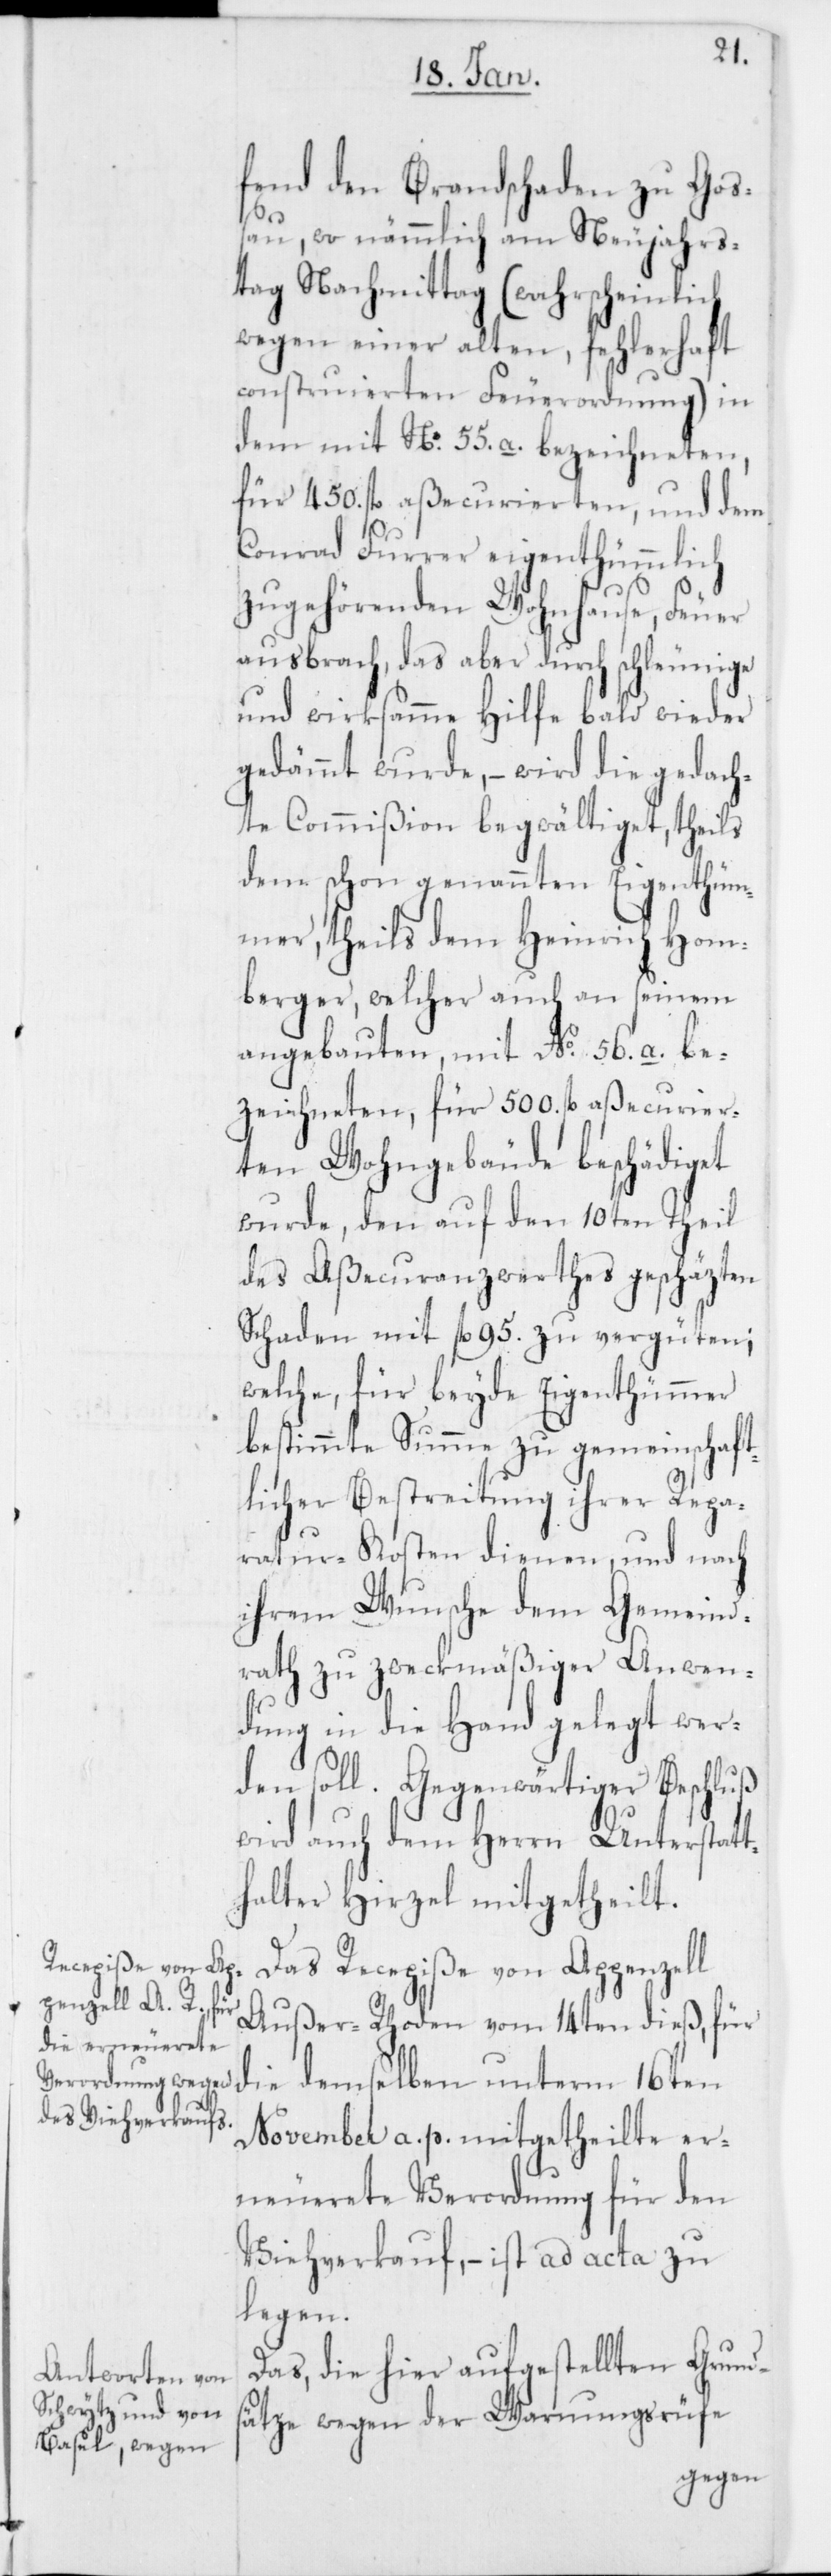
fend den Brandschaden zu Goß¬
au, wo nämmlich am Neujahrs¬
tag Nachmittag (wahrscheinlich
wegen einer alten fehlerhaft
construierten Feuerordnung) in
dem mit No. 55. a. bezeichneten,
für 450. fl. aßecurierten, und dem
Conrad Furrer eigenthümmlich
zugehörenden Wohnhause, Feuer
ausbrach, das aber durch schleunige
und wirksamme Hilfe bald wieder
gedämmt wurde, – wird die gedach¬
te Commißion begwältiget, theils
dem schon genannten Eigenthüm¬
mer, theils dem Heinrich Hom¬
berger, welcher auch an seinem
angebauten, mit No. 56. a. be¬
zeichneten, für 500. fl. aßecurier¬
ten Wohngebäude beschädiget
wurde, den auf den 10ten Theil
des Aßecuranzwerthes geschäzten
Schaden mit fl. 95. zu vergüten;
welche, für beyde Eigenthümmer
bestimmte Summe zu gemeinschaft¬
licher Bestreitung ihrer Repa¬
ratur-Kosten dienen, und nach
ihrem Wunsche dem Gemeind¬
rath zu zweckmäßiger Anwen¬
dung in die Hand gelegt wer¬
den soll. Gegenwärtiger Beschluß
wird auch dem Herrn Unterstatt¬
halter Hirzel mitgetheilt.
Das Recepiße von Appenzell
Außer-Rhoden vom 14ten dieß, für
die demselben unterm 16ten
November a. p. mitgetheilte er¬
neuerete Verordnung für den
Viehverkauf, – ist ad acta zu
legen.
Das, die hier aufgestellten Grund¬
sätze wegen der Warnungsrüfe